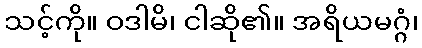
သင့်ကို။ ဝဒါမိ၊ ငါဆို၏။ အရိယမဂ္ဂံ၊